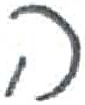
אות: ה